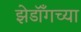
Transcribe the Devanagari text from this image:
झेडॉँगच्या